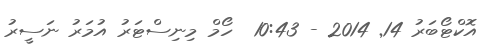
އޮކްޓޯބަރު 14